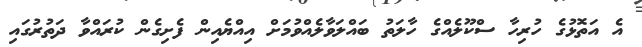
އެ އަތޮޅުގެ ހުރިހާ ސްކޫލެއްގެ ހާލަތު ބައްލަވާލެއްވުމަށް އިއްޔެއިން ފެށިގެން ކުރައްވާ ދަތުރުގައި